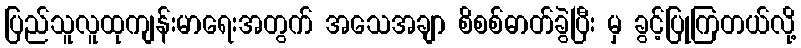
ပြည်သူလူထုကျန်းမာရေးအတွက် အသေအချာ စိစစ်ဓာတ်ခွဲပြီး မှ ခွင့်ပြုကြတယ်လို့